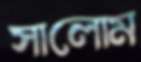
সালোম